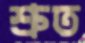
শ্রুত